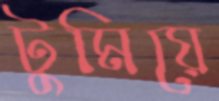
টুমিয়ে